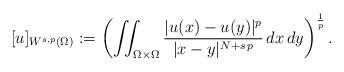
LaTeX: \begin{align*}[u]_{W^{s,p}(\Omega)}:=\left(\iint_{\Omega \times \Omega} \frac{|u(x)-u(y)|^p}{|x-y|^{N+s\,p}}\,dx\,dy\right)^\frac{1}{p}.\end{align*}